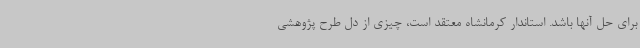
برای حل آنها باشد. استاندار کرمانشاه معتقد است، چیزی از دل طرح پژوهشی